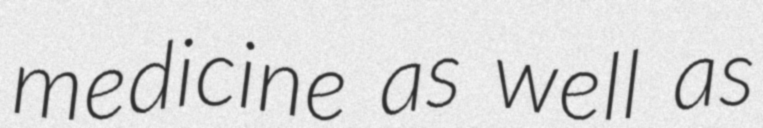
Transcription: medicine as well as